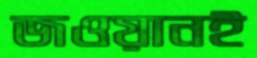
জওয়ানই